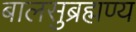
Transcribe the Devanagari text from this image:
बालसुब्रह्मण्य